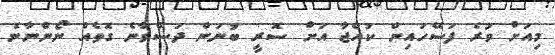
މިއަށް ވުރެ ފަސޭހައިން ކުއްޖާ އަށް ސޮރީ ބުނަން ދަސްވާނެ ގޮތެއް ނޯންނާނެ